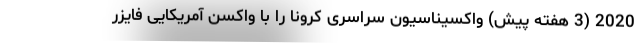
2020 (3 هفته پیش) واکسیناسیون سراسری کرونا را با واکسن آمریکایی فایزر